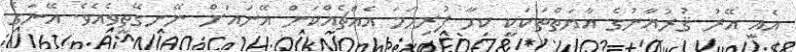
އެއީ އޭރު ޤުރުއާނުގެ އާޔަތްތަކަކީ ކިހާ ފުރިހަމަ އެއްޗެއްކަން އޭނައަށް ނޭނގޭތީވެއެވެ. އޭނަގެ